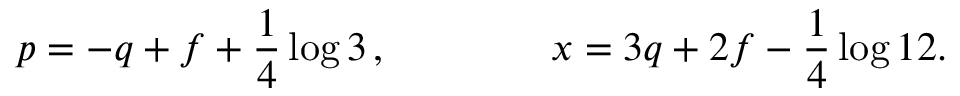
p = - q + f + \frac { 1 } { 4 } \log 3 \, , \qquad \qquad x = 3 q + 2 f - \frac { 1 } { 4 } \log 1 2 .